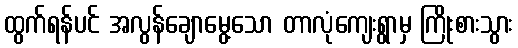
ထွက်ရန်ပင် အလွန်ချောမွေ့သော တာလုံကျေးရွာမှ ကြိုးစားသွား